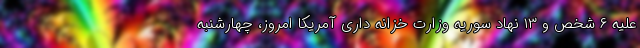
علیه ۶ شخص و ۱۳ نهاد سوریه وزارت خزانه داری آمریکا امروز، چهارشنبه